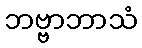
ဘဗ္ဗာဘာသံ